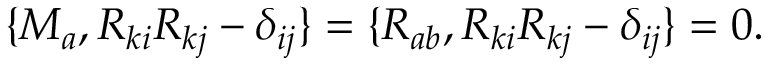
\begin{array} { r } { \{ M _ { a } , R _ { k i } R _ { k j } - \delta _ { i j } \} = \{ R _ { a b } , R _ { k i } R _ { k j } - \delta _ { i j } \} = 0 . } \end{array}